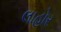
લાહોર